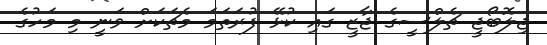
ޖިލޮބޯޖީ ޗެލްސީގެ ޖާޒީ ގައި ކުޅޭ ފުރަތަމަ މެޗަކަށް ވަނީ މި މަހުގެ